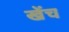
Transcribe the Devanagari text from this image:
खेंच